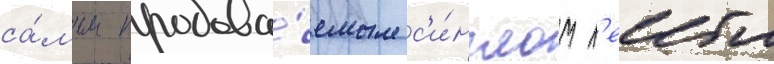
са́мым продава́емым с'и́нглом л'еибла